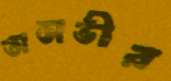
তাসভীর